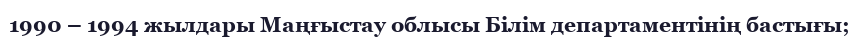
1990 – 1994 жылдары Маңғыстау облысы Білім департаментінің бастығы;